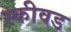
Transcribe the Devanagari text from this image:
स्कीवड